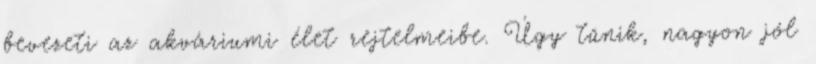
bevezeti az akváriumi élet rejtelmeibe. Úgy tűnik, nagyon jól